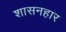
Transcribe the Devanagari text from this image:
शासनहार